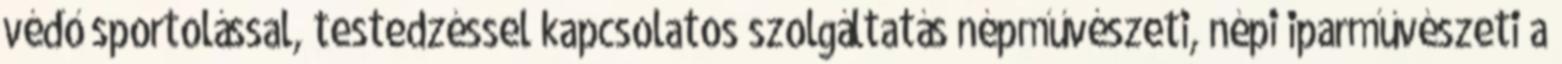
védő sportolással, testedzéssel kapcsolatos szolgáltatás népművészeti, népi iparművészeti a